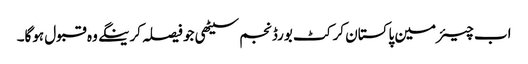
اب چیئرمین پاکستان کرکٹ بورڈ نجم سیٹھی جو فیصلہ کرینگے وہ قبول ہوگا۔